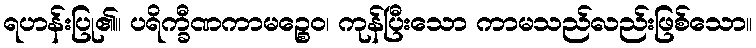
ရဟန်းပြု၏။ ပရိက္ခီဏကာမဉ္စေဝ၊ ကုန်ပြီးသော ကာမသည်လည်းဖြစ်သော။